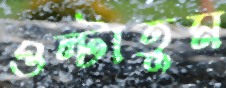
ওল্‌টাতুম